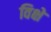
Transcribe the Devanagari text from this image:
विक्षे